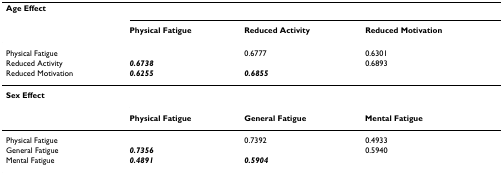
<table><thead><tr><td><b>Age Effect</b></td><td></td><td></td><td></td></tr><tr><td></td><td><b>Physical Fatigue</b></td><td><b>Reduced Activity</b></td><td><b>Reduced Motivation</b></td></tr></thead><tbody><tr><td>Physical Fatigue</td><td></td><td>0.6777</td><td>0.6301</td></tr><tr><td>Reduced Activity</td><td><b><i>0.6738</i></b></td><td></td><td>0.6893</td></tr><tr><td>Reduced Motivation</td><td><b><i>0.6255</i></b></td><td><b><i>0.6855</i></b></td><td></td></tr><tr><td><b>Sex Effect</b></td><td></td><td></td><td></td></tr><tr><td></td><td><b>Physical Fatigue</b></td><td><b>General Fatigue</b></td><td><b>Mental Fatigue</b></td></tr><tr><td>Physical Fatigue</td><td></td><td>0.7392</td><td>0.4933</td></tr><tr><td>General Fatigue</td><td><b><i>0.7356</i></b></td><td></td><td>0.5940</td></tr><tr><td>Mental Fatigue</td><td><b><i>0.4891</i></b></td><td><b><i>0.5904</i></b></td><td></td></tr></tbody></table>